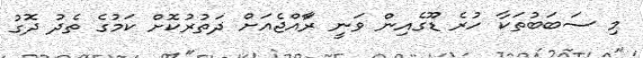
މި ސަބަބުތަކާ ހުރެ ޑޫގެއިން ވަނީ ރަާއްޖެއަށް ދަތުރުކޮށް ކަމުގެ ތެދު ދޮގު